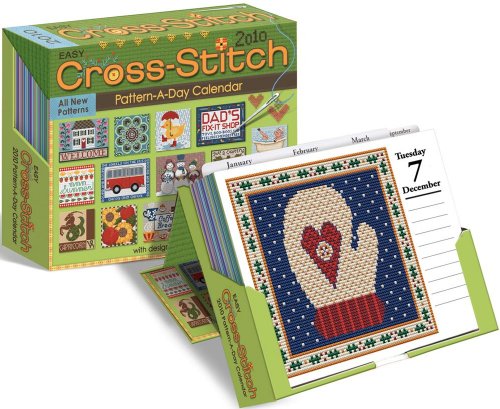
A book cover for Cross-Stitch Pattern a Day: 2010 Day-to-Day Calendar; Accord Publishing; Calendars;